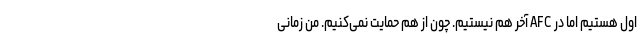
اول هستیم اما در AFC آخر هم نیستیم. چون از هم حمایت نمی‌کنیم. من زمانی